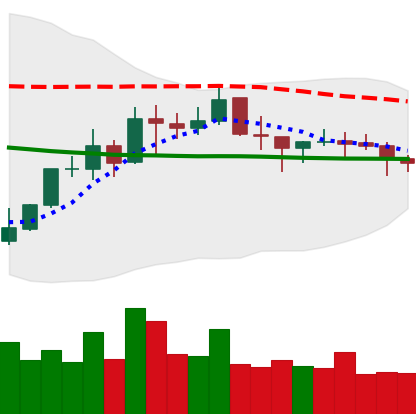
Ticker: NEO-USD
Chart end date: 2021-10-18
Forward return: 4.304%
Label: up_3_5